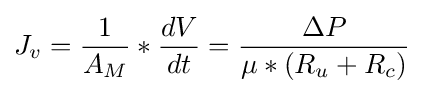
J_{v}={\frac {1}{A_{M}}}*{\frac {dV}{dt}}={\frac {\Delta P}{\mu *(R_{u}+R_{c})}}